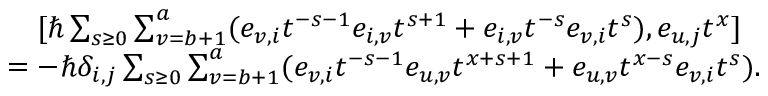
\begin{array} { r l } & { \quad [ \hbar \sum _ { s \geq 0 } \sum _ { v = b + 1 } ^ { a } ( e _ { v , i } t ^ { - s - 1 } e _ { i , v } t ^ { s + 1 } + e _ { i , v } t ^ { - s } e _ { v , i } t ^ { s } ) , e _ { u , j } t ^ { x } ] } \\ & { = - \hbar \delta _ { i , j } \sum _ { s \geq 0 } \sum _ { v = b + 1 } ^ { a } ( e _ { v , i } t ^ { - s - 1 } e _ { u , v } t ^ { x + s + 1 } + e _ { u , v } t ^ { x - s } e _ { v , i } t ^ { s } ) . } \end{array}